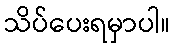
သိပ်ပေးရမှာပါ။